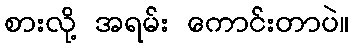
စားလို့ အရမ်း ကောင်းတာပဲ။